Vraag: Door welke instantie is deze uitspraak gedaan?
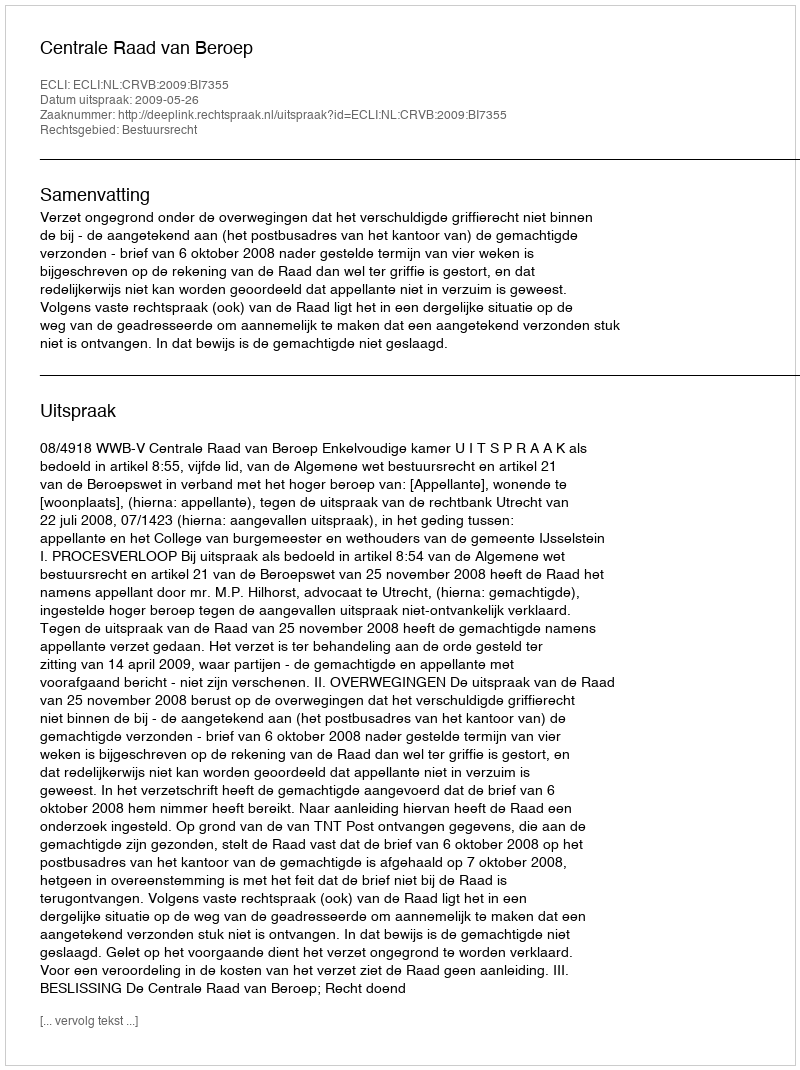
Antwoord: Centrale Raad van Beroep